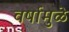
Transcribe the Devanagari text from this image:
वर्षामुळे